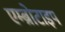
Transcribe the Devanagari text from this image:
एम्ब्रोटाइप